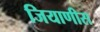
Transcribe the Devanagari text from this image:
जियाणीस